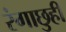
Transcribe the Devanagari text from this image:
रंगाछुही